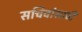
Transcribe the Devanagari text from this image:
सचिवांसाठी